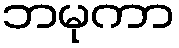
ဘမုကာ